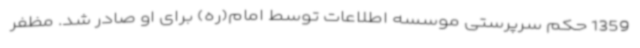
1359 حکم سرپرستی موسسه اطلاعات توسط امام(ره) برای او صادر شد. مظفر